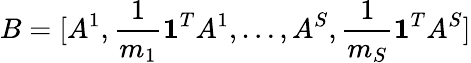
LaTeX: B=[A^{1},\frac{1}{m_{1}}\mathbf{1}^{T}A^{1},\ldots,A^{S},\frac{1}{m_{S}}\mathbf{1}^{T}A^{S}]